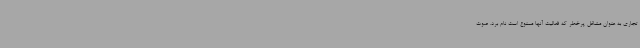
تجاری به عنوان مشاغل پرخطر که فعالیت آنها ممنوع است نام برد. صوت